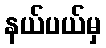
နယ်ပယ်မှ